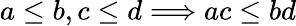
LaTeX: a\leq b,c\leq d\Longrightarrow ac\leq bd